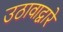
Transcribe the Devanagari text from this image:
उठावाद्वारे